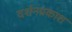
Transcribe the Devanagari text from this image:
दर्शनप्रकाश